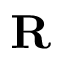
\mathbf { R }